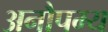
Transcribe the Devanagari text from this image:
अनौपम्य